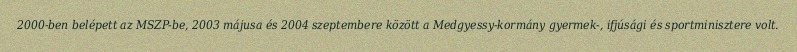
2000-ben belépett az MSZP-be, 2003 májusa és 2004 szeptembere között a Medgyessy-kormány gyermek-, ifjúsági és sportminisztere volt.